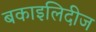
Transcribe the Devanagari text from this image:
बकाइलिदीज